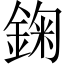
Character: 𨨠